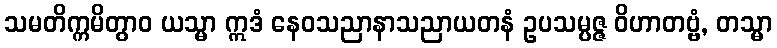
သမတိက္ကမိတွာဝ ယသ္မာ ဣဒံ နေဝသညာနာသညာယတနံ ဥပသမ္ပဇ္ဇ ဝိဟာတဗ္ဗံ, တသ္မာ